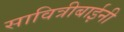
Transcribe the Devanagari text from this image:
सावित्रीबाईनी